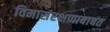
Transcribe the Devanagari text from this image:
विमासंरक्षणाबाबत